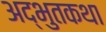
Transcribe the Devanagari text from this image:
अद्भुतकथा